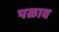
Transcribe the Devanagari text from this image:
पळाव